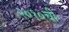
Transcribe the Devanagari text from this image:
२०१०ची